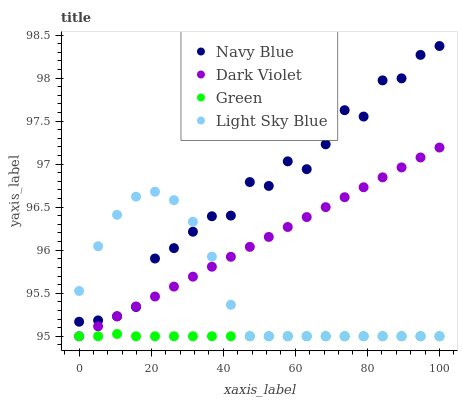
| xaxis_label | Navy Blue | Dark Violet | Green | Light Sky Blue |
 | --- | --- | --- | --- | --- |
 | 0 | 95.2 | 95 | 95 | 95.5 |
 | 5.26 | 95.2 | 95.1 | 95 | 96 |
 | 10.5 | 95.2 | 95.2 | 95 | 96.4 |
 | 15.8 | 95.3 | 95.3 | 95 | 96.6 |
 | 21.1 | 95.9 | 95.5 | 95 | 96.7 |
 | 26.3 | 96 | 95.6 | 95 | 96.6 |
 | 31.6 | 96.2 | 95.7 | 95 | 96.3 |
 | 36.8 | 96.4 | 95.8 | 95 | 95.9 |
 | 42.1 | 96.4 | 95.9 | 95 | 95.4 |
 | 47.4 | 96.8 | 96 | 95 | 95 |
 | 52.6 | 96.7 | 96.2 | 95 | 95 |
 | 57.9 | 97 | 96.3 | 95 | 95 |
 | 63.2 | 96.9 | 96.4 | 95 | 95 |
 | 68.4 | 97.2 | 96.5 | 95 | 95 |
 | 73.7 | 97.6 | 96.6 | 95 | 95 |
 | 78.9 | 97.6 | 96.7 | 95 | 95 |
 | 84.2 | 98 | 96.8 | 95 | 95 |
 | 89.5 | 98 | 97 | 95 | 95 |
 | 94.7 | 98.3 | 97.1 | 95 | 95 |
 | 100 | 98.4 | 97.2 | 95 | 95 |